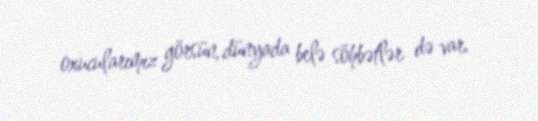
oxucularımız görsün, dünyada belə söhbətlər də var.